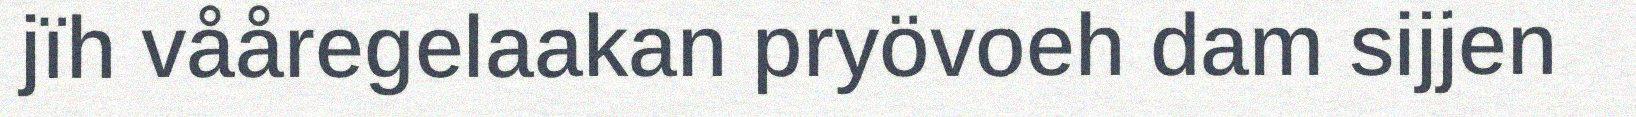
jïh vååregelaakan pryövoeh dam sijjen